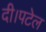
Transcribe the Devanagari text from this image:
दी।पटेल